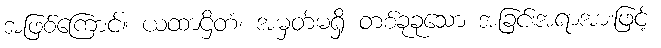
အဖြစ်ကြောင့်။ ယထာဌိတံ၊ အမှတ်မရှိ တစ်ခုခုသော အခြင်းအရာအားဖြင့်